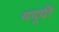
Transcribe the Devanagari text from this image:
यदूदी